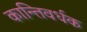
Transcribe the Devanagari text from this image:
कान्तिवर्धक